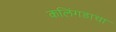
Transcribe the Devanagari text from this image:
कलिंगडाचा